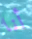
أنا